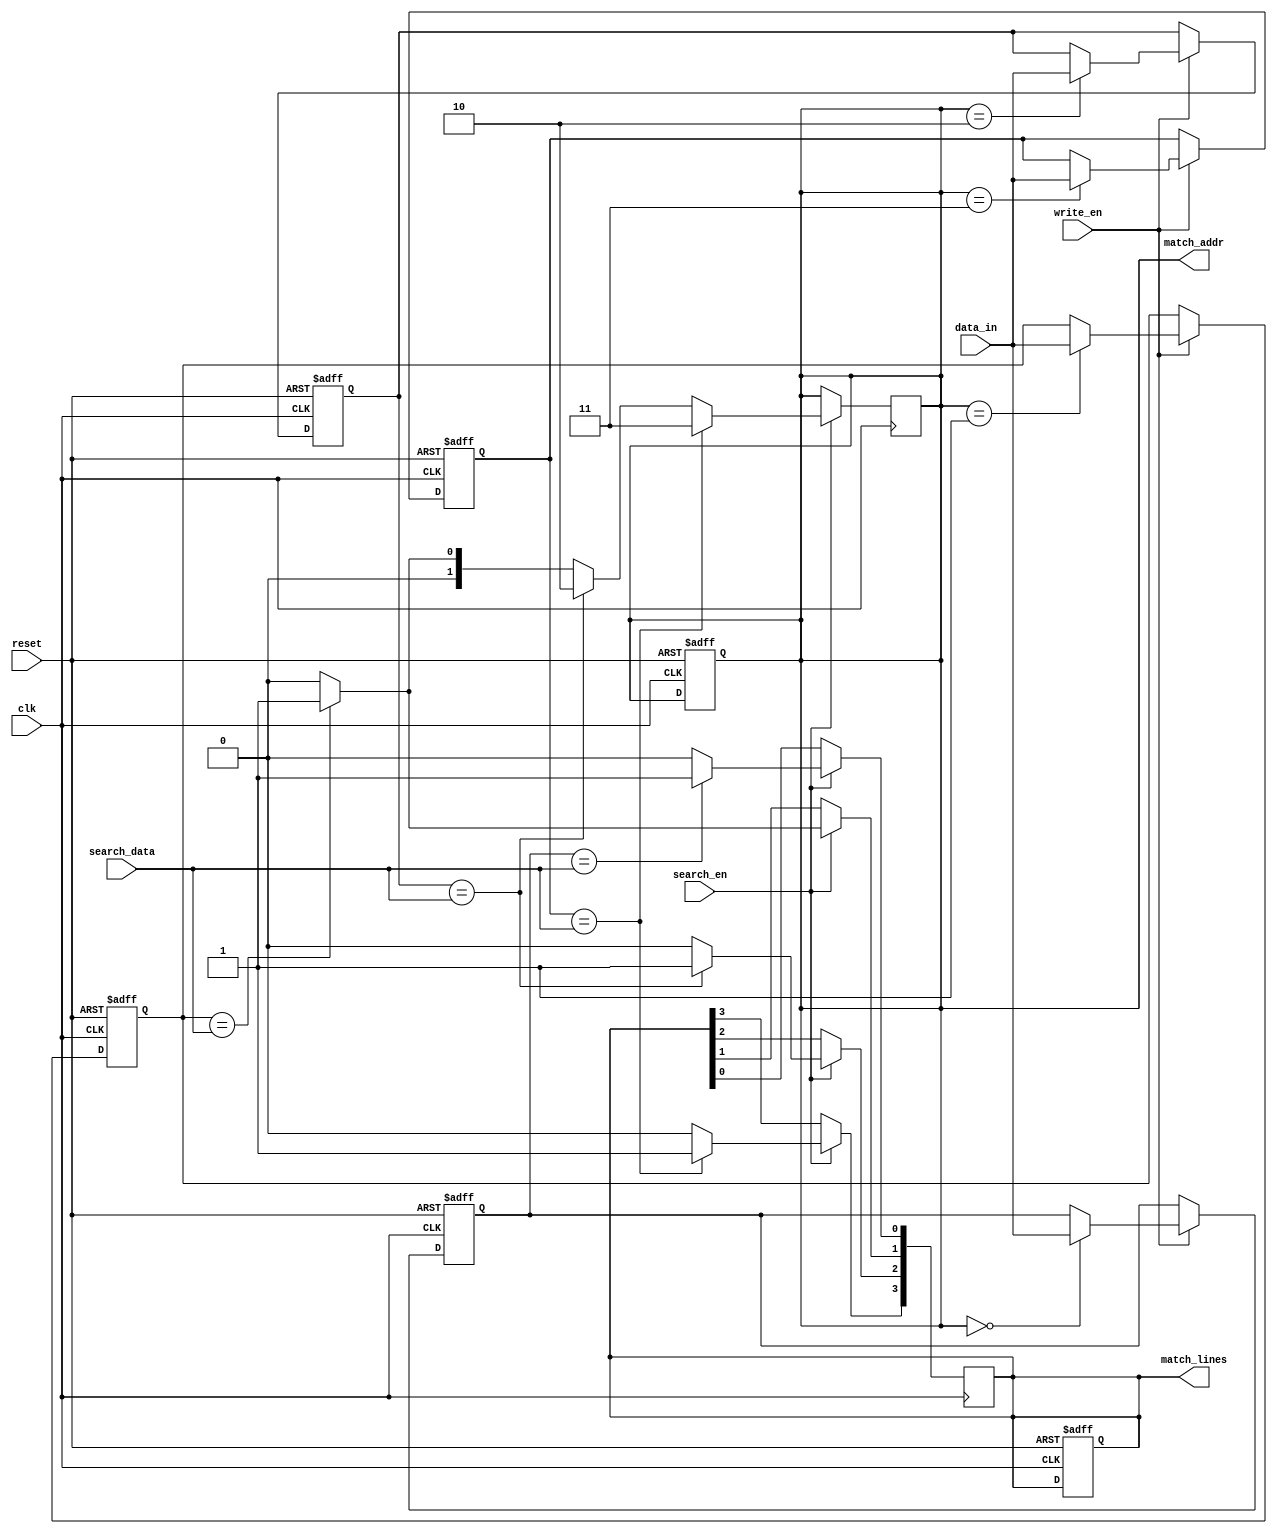
module CAM #(
    parameter N = 8,         // Width of stored data
    parameter M = 4,         // Number of entries in the CAM
    parameter ADDR_WIDTH = 2 // Width for address output (log2(M))
)(
    input                  clk,           // Clock signal
    input                  reset,         // Reset signal
    input                  write_en,      // Write enable signal
    input                  search_en,     // Search enable signal
    input [N-1:0]         data_in,       // Data input for write operation
    input [N-1:0]         search_data,   // Data to search for
    output reg [M-1:0]    match_lines,    // Match lines for each entry
    output reg [ADDR_WIDTH-1:0] match_addr // Address of the first match
);

// Memory storage
reg [N-1:0] memory [0:M-1];

// Initialize match lines and match address
integer i;

always @(posedge clk or posedge reset) begin
    if (reset) begin
        // Reset match lines and memory on reset
        match_lines <= 0;
        match_addr <= 0;
        for (i = 0; i < M; i = i + 1) begin
            memory[i] <= 0;
        end
    end else begin
        if (write_en) begin
            // Write operation
            // For simplicity, we'll write to a specific address (can be modified for dynamic writes)
            memory[match_addr] <= data_in;
        end
    end
end

always @(posedge clk) begin
    if (search_en) begin
        match_lines <= 0;
        match_addr <= 0;
        // Search operation
        for (i = 0; i < M; i = i + 1) begin
            if (memory[i] == search_data) begin
                match_lines[i] <= 1'b1; // Set match line for the matching entry
                match_addr <= i; // Keep track of the latest match address
            end else begin
                match_lines[i] <= 1'b0; // No match
            end
        end
    end
end

endmodule